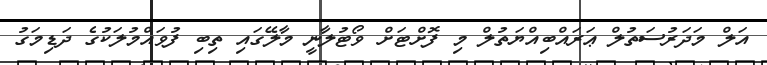
އަލް މަދަރުސަތުލް ޢަރައްބިއްޔަތުލް މި ފޮށްޓަށް ވޯޓުލާނީ މާލޭގައި ތިބި ފުވައްމުލަކުގެ ދަޑިމަގު